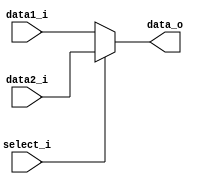
module MUX2to1 (
    data1_i,
    data2_i,
    select_i,
    data_o,
);
input   [31:0]      data1_i, data2_i;
input               select_i;
output  [31:0]      data_o;

assign data_o = select_i? data2_i : data1_i;

endmodule